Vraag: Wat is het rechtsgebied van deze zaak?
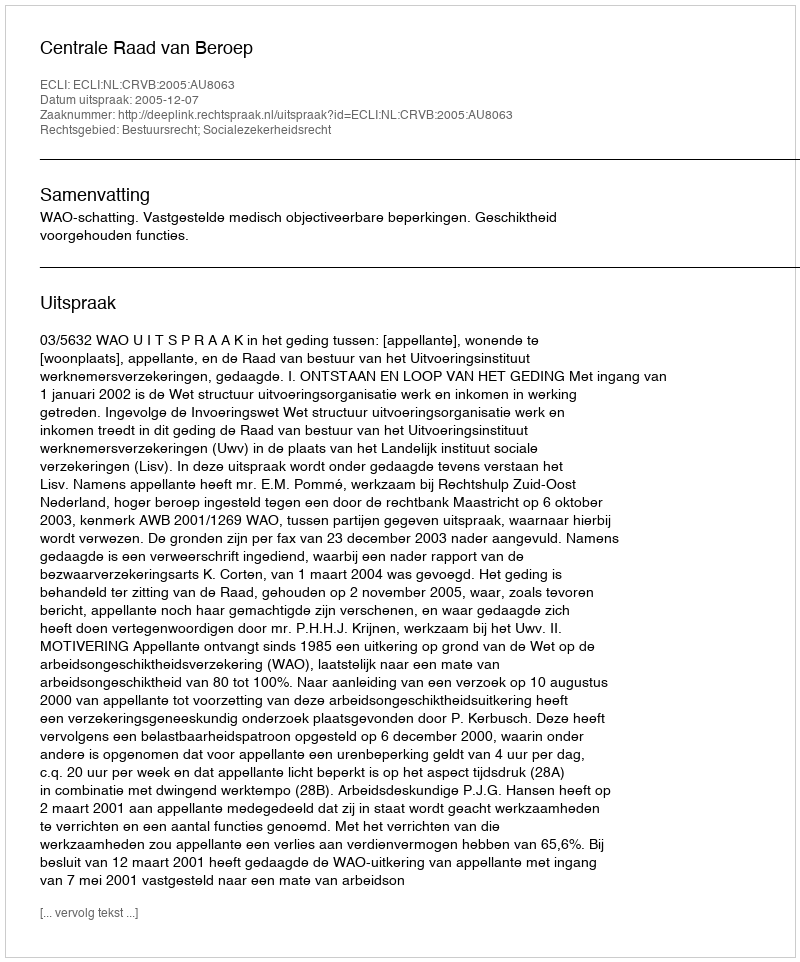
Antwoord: Bestuursrecht; Socialezekerheidsrecht